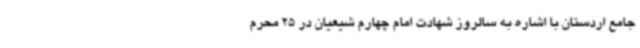
جامع اردستان با اشاره به سالروز شهادت امام چهارم شیعیان در 25 محرم